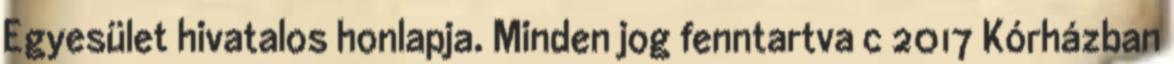
Egyesület hivatalos honlapja. Minden jog fenntartva c 2017 Kórházban